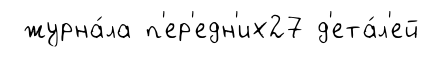
журна́ла п'ер'едн'их27 д'ета́л'ей